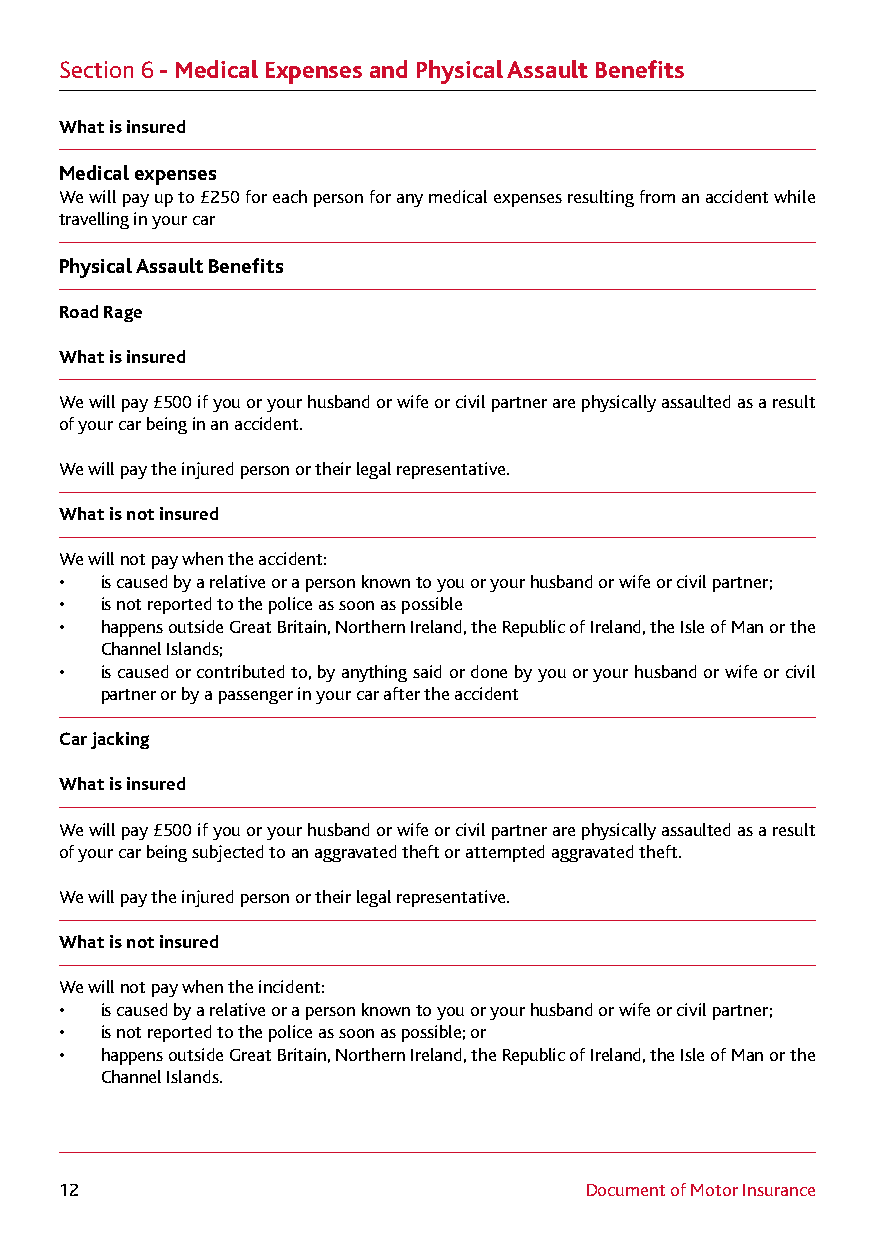
Section 6 - Medical Expenses and Physical Assault Benefits
 What is insured
 Medical expenses
 We will pay up to £250 for each person for any medical expenses resulting from an accident while
 travelling in your car
 Physical Assault Benefits
 Road Rage
 What is insured
 We will pay £500 if you or your husband or wife or civil partner are physically assaulted as a result
 of your car being in an accident.
 We will pay the injured person or their legal representative.
 What is not insured
 We will not pay when the accident:
 •  is caused by a relative or a person known to you or your husband or wife or civil partner;
 •  is not reported to the police as soon as possible
 •  happens outside Great Britain, Northern Ireland, the Republic of Ireland, the Isle of Man or the
 Channel Islands;
 •  is caused or contributed to, by anything said or done by you or your husband or wife or civil
 partner or by a passenger in your car after the accident
 Car jacking
 What is insured
 We will pay £500 if you or your husband or wife or civil partner are physically assaulted as a result
 of your car being subjected to an aggravated theft or attempted aggravated theft.
 We will pay the injured person or their legal representative.
 What is not insured
 We will not pay when the incident:
 •  is caused by a relative or a person known to you or your husband or wife or civil partner;
 •  is not reported to the police as soon as possible; or
 •  happens outside Great Britain, Northern Ireland, the Republic of Ireland, the Isle of Man or the
 Channel Islands.
 12                                 Document of Motor Insurance